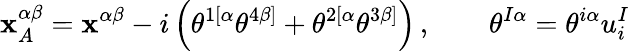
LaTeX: \mathbf{x}_{A}^{\alpha\beta}=\mathbf{x}^{\alpha\beta}-i\left(\theta^{1[\alpha}\theta^{4\beta]}+\theta^{2[\alpha}\theta^{3\beta]}\right)\, ,\qquad\theta^{I\alpha}=\theta^{i\alpha}u_{i}^{I}